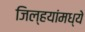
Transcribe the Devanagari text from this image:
जिल्हयांमध्ये